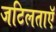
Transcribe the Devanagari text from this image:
जटिलताएॅ